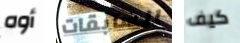
أوه السابقات كيف